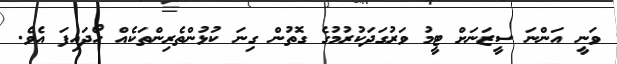
ވަނީ އަންނަ ސީޒަނަށް ޓީމު ވަރުގަދަކުރުމުގެ ގޮތުން ގިނަ ކުޅުންތެރިންތަކެއް ހޯދައިފަ އެވެ.